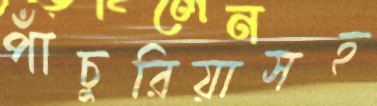
পাঁচুরিয়াসহ